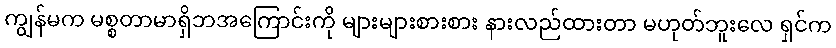
ကျွန်မက မစ္စတာမာရှိဘအကြောင်းကို များများစားစား နားလည်ထားတာ မဟုတ်ဘူးလေ ရှင်က